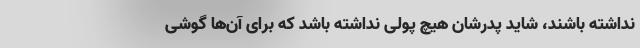
نداشته باشند، شاید پدرشان هیچ پولی نداشته باشد که برای آن‌ها گوشی